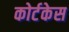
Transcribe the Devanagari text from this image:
कोर्टकेस